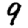
Digit: 9